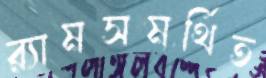
র‍্যামসমর্থিত